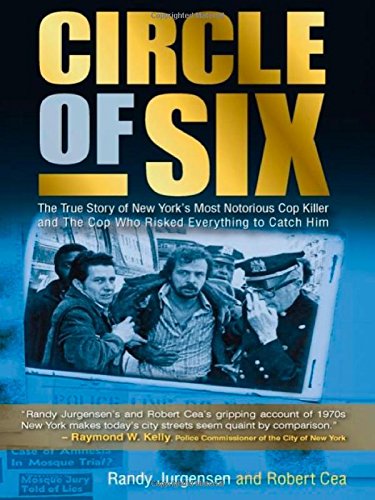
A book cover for Circle of Six: The True Story of New York's Most Notorious Cop Killer and the Cop Who Risked Everything to Catch Him; Randy Jurgensen; Biographies & Memoirs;